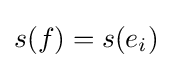
s(f)=s(e_{i})